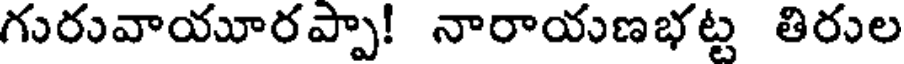
గురువాయూరప్పా! నారాయణభట్ట తిరుల